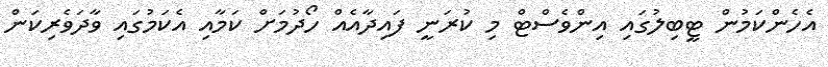
އެހެންކަމުން ޓީބިލުގައި އިންވެސްޓް މި ކުރަނީ ފައިދާއެއް ހޯދުމަށް ކަމާއި އެކަމުގައި ވާދަވެރިކަން